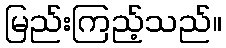
မြည်းကြည့်သည်။